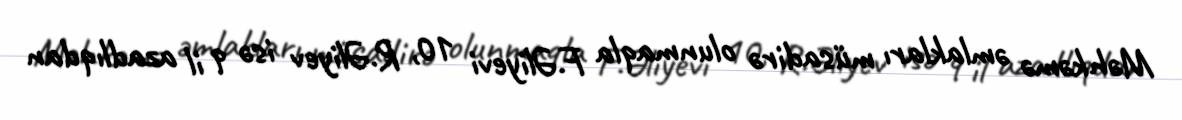
Məhkəmə əmlakları müsadirə olunmaqla F.Əliyevi 10, R.Əliyev isə 9 il azadlıqdan